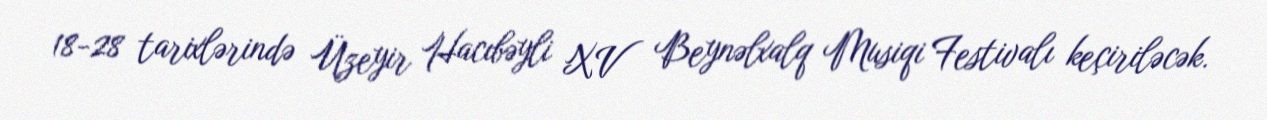
18-28 tarixlərində Üzeyir Hacıbəyli XV Beynəlxalq Musiqi Festivalı keçiriləcək.